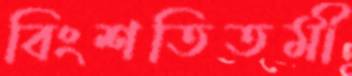
বিংশতিতমী